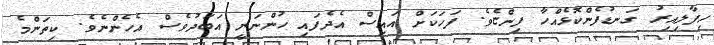
ހިފާލިއިރު ގަނޑުފެންކޮޅެއްހާ ފިންޏެވެ. ފަހަކަށް އައިސް އެދެފައި ހުންނަނީ އަބަދުވެސް އެހެންނެވެ. ކިތަންމެ